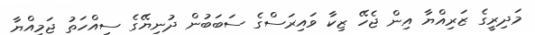
މަދިރީގެ ޒަރިއްޔާ އިން ޖެހޭ ޒިކާ ވައިރަސްގެ ސަބަބުން ދުނިޔޭގެ ސިއްހަތު ޖަމިއްޔާ